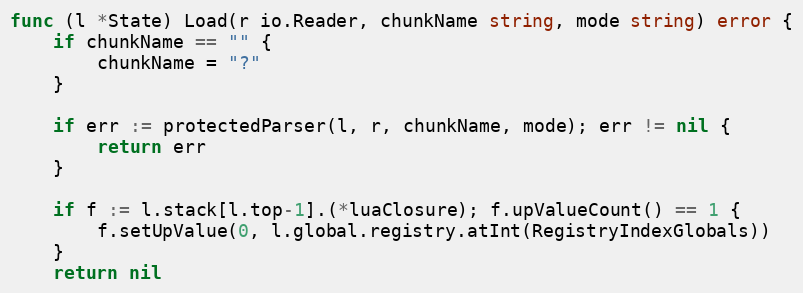
Language: Go
func (l *State) Load(r io.Reader, chunkName string, mode string) error {
	if chunkName == "" {
		chunkName = "?"
	}

	if err := protectedParser(l, r, chunkName, mode); err != nil {
		return err
	}

	if f := l.stack[l.top-1].(*luaClosure); f.upValueCount() == 1 {
		f.setUpValue(0, l.global.registry.atInt(RegistryIndexGlobals))
	}
	return nil